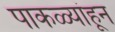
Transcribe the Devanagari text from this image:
पाकळ्यांहून